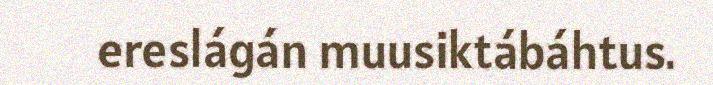
ereslágán muusiktábáhtus.